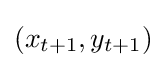
(x_{t+1},y_{t+1})